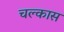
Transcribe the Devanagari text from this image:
चल्कास